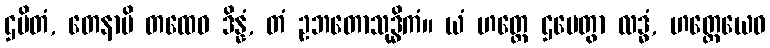
ဌပိတံ, တေနာပိ တထေဝ ဒိန္နံ, တံ ဥဘတောသုဒ္ဓိကံ။ ယံ ဟတ္ထေ ဌပေတွာ လဒ္ဓံ, ဟတ္ထေယေဝ